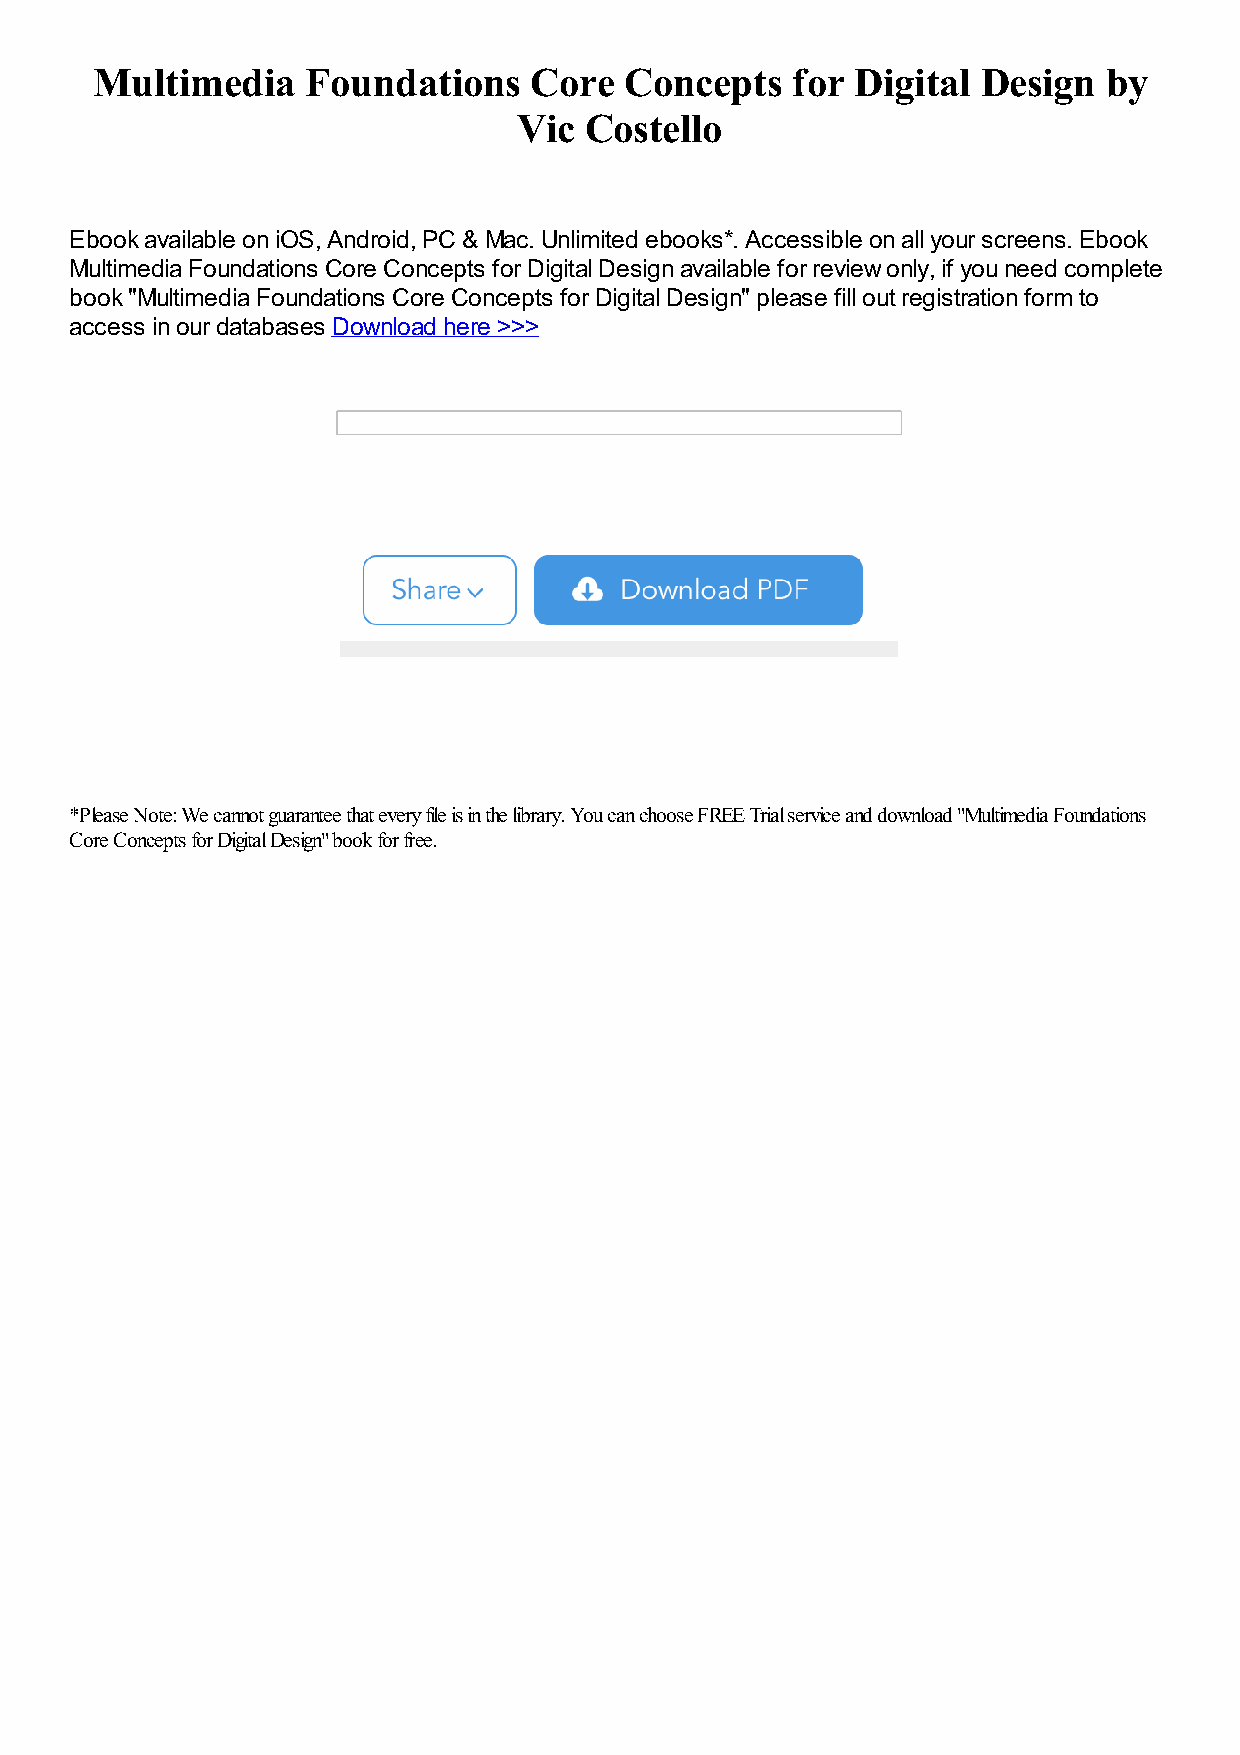
Multimedia    Foundations    Core  Concepts   for  Digital Design  by
 Vic  Costello
 Ebook available on iOS, Android, PC & Mac. Unlimited ebooks*. Accessible on all your screens. Ebook
 Multimedia Foundations Core Concepts for Digital Design available for review only, if you need complete
 book "Multimedia Foundations Core Concepts for Digital Design" please fill out registration form to
 access in our databases Download here >>>
 *Please Note: We cannot guarantee that every file is in the library. You can choose FREE Trial service and download "Multimedia Foundations
 Core Concepts for Digital Design" book for free.